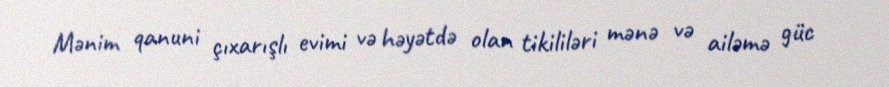
Mənim qanuni çıxarışlı evimi və həyətdə olan tikililəri mənə və ailəmə güc